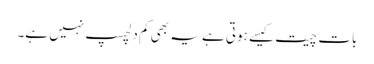
بات چیت کیسے ہوتی ہے یہ بھی کم دلچسپ نہیں ہے۔